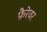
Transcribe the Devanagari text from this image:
फ़ैरेवर